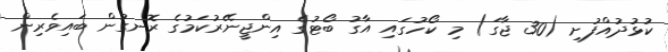
ކުޅުދުއްފުށި (30 ޖާގަ) މި ކޯހުގައި އާގު ބޯޓުގެ އިންޖީނޭރުކަމުގެ ރޮނގުން ބައިވެރިން